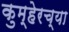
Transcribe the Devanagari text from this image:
कुम्हेरच्या